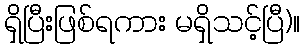
ရှိပြီးဖြစ်ရကား မရှိသင့်ပြီ)။